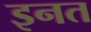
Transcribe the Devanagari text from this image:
इनत